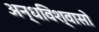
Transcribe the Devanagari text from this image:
अन्धविश्वासो